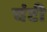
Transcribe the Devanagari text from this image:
चंटी